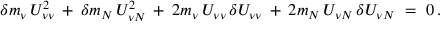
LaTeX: \delta m _ { \nu } \, U _ { \nu \nu } ^ { 2 } \: + \: \delta m _ { N } \, U _ { \nu N } ^ { 2 } \: + \: 2 m _ { \nu } \, U _ { \nu \nu } \, \delta U _ { \nu \nu } \: + \: 2 m _ { N } \, U _ { \nu N } \, \delta U _ { \nu N } \ = \ 0 \, .